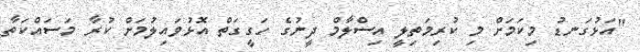
"އަޅުގަނޑު މިކަމަށް މި ކުރިމަތިލީ އިސްލާމް ދީނުގެ ހަގީގަތް އޮޅުވައިލުމަށް ކުރާ މަސައްކަތާ